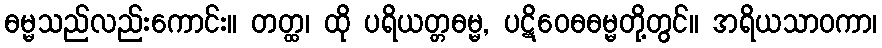
ဓမ္မသည်လည်းကောင်း။ တတ္ထ၊ ထို ပရိယတ္တဓမ္မ, ပဋိဝေဓဓမ္မတို့တွင်။ အရိယသာဝကာ၊